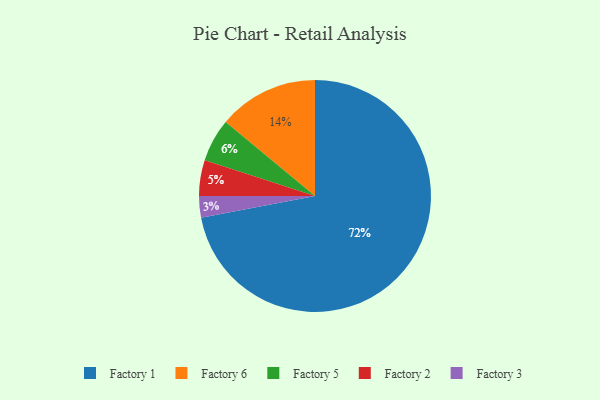
{"axis": {"x": "Category", "y": "Percentage"}, "legend": ["Factory 1", "Factory 2", "Factory 3", "Factory 5", "Factory 6"], "data": [{"x": "Factory 3", "y": 3, "type": "Factory 3"}, {"x": "Factory 6", "y": 14, "type": "Factory 6"}, {"x": "Factory 5", "y": 6, "type": "Factory 5"}, {"x": "Factory 2", "y": 5, "type": "Factory 2"}, {"x": "Factory 1", "y": 72, "type": "Factory 1"}]}